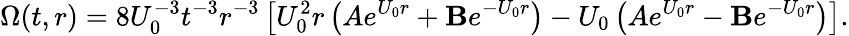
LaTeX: \Omega(t,r)=8U_{0}^{-3}t^{-3}r^{-3}\left[U_{0}^{2}r\left(Ae^{U_{0}r}+\mathbf{B}e^{-U_{0}r}\right)-U_{0}\left(Ae^{U_{0}r}-\mathbf{B}e^{-U_{0}r}\right)\right].